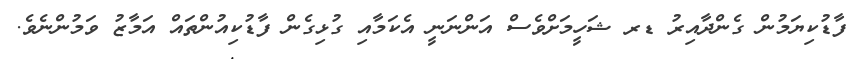
ފާޑުކިޔަމުން ގެންދާއިރު ޑރ ޝަހީމަށްވެސް އަންނަނީ އެކަމާއި ގުޅިގެން ފާޑުކިއުންތައް އަމާޒު ވަމުންނެވެ.